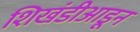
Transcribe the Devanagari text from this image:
शिखंडीआडून